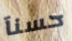
حسنآ